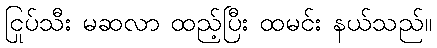
ငြုပ်သီး မဆလာ ထည့်ပြီး ထမင်း နယ်သည်။